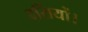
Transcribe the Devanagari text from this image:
दसियों।